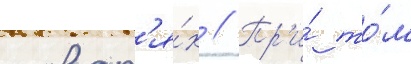
словар'я́х // Пр'и́ то́м